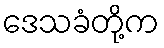
ဒေသခံတို့က